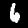
Digit: 6